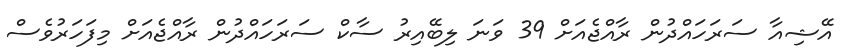
އޭޝިއާ ސަރަހައްދުން ރާއްޖެއަށް 39 ވަނަ ލިބޭއިރު ސާކް ސަރަހައްދުން ރާއްޖެއަށް މިފަހަރުވެސް